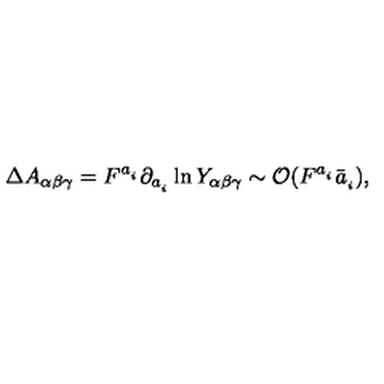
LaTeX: \Delta A _ { \alpha \beta \gamma } = F ^ { a _ { _ i } } \partial _ { a _ { _ i } } \ln Y _ { \alpha \beta \gamma } \sim { \cal O } ( F ^ { a _ { _ i } } \bar { a } _ { _ i } ) ,